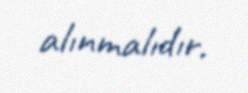
alınmalıdır.